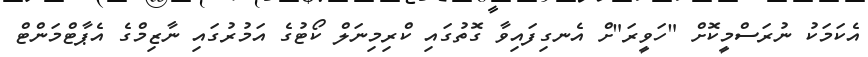
އެކަމަކު ނުރަސްމީކޮށް "ހަވީރަ"ށް އެނގިފައިވާ ގޮތުގައި ކްރިމިނަލް ކޯޓުގެ އަމުރުގައި ނާޒިމްގެ އެޕާޓްމަންޓް